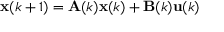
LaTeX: \mathbf { x } ( k + 1 ) = \mathbf { A } ( k ) \mathbf { x } ( k ) + \mathbf { B } ( k ) \mathbf { u } ( k )